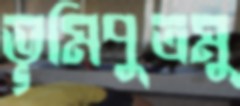
ভূমিপুত্রমু